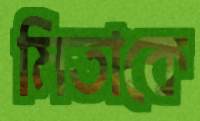
মিতাকে